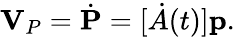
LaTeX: \mathbf{V}_{P}={\dot{\mathbf{P}}}=[{\dot{A}}(t)]\mathbf{p}.